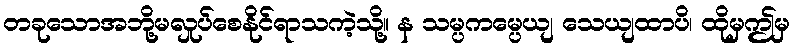
တခုသောအဘို့မလှုပ်စေနိုင်ရာသကဲ့သို့။ န သမ္ပကမ္ပေယျ သေယျထာပိ၊ ထိုမှဤမှ